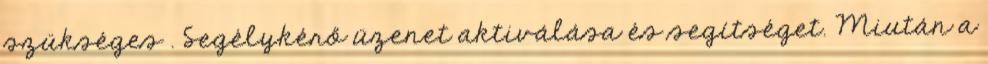
szükséges . Segélykérő üzenet aktiválása és segítséget. Miután a